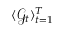
\langle \mathcal { G } _ { t } \rangle _ { t = 1 } ^ { T }